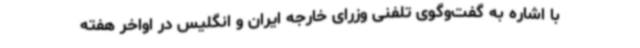
با اشاره به گفت‌وگوی تلفنی وزرای خارجه ایران و انگلیس در اواخر هفته